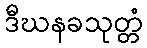
ဒီဃနခသုတ္တံ